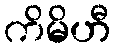
ကိမိဟီ